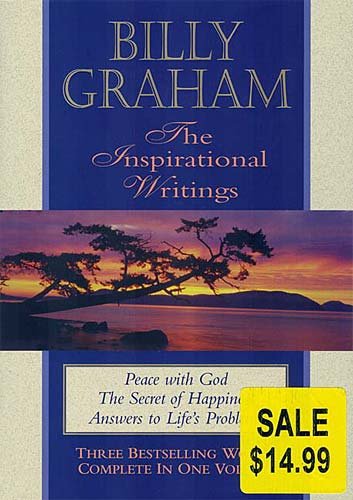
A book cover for Billy Graham, the Inspirational Writings: Peace with God, the Secret of Happiness, Answers to Life's Problems; Billy Graham; Christian Books & Bibles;